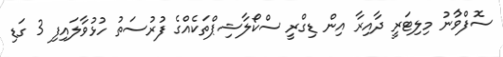
ސޮފްވާުނު މިލިޓަރީ ދާއިރާ އިން ޑިގްރީ ސްކޯލާޝިޕްތަކެއްގެ ފުރުސަތު ހުޅުވާލައިފި 3 ގަޑި